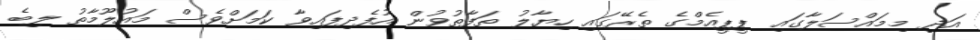
އަދި މިމައްސަލާގަައި ޕީޕީއެމްގެ ތެރޭގައި ހިޔާލު ތަފާތުވުން އުފެދިފައިވާ ކަމަށްވެސް މައުލޫމާތު ލިބެ